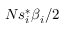
N s _ { i } ^ { * } \beta _ { i } / 2